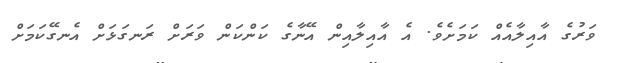
ވަރުގެ އާއިލާއެއް ކަމަށެވެ. އެ އާއިލާއިން އޭނާގެ ކަންކަން ވަރަށް ރަނގަޅަށް އެނގޭކަމަށް